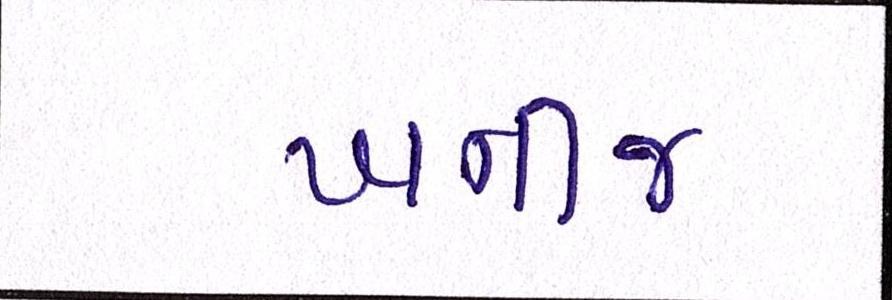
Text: ખનીજ